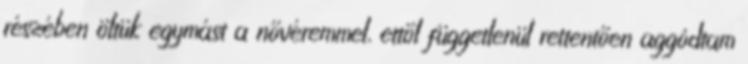
részében öltük egymást a nővéremmel, ettől függetlenül rettentően aggódtam